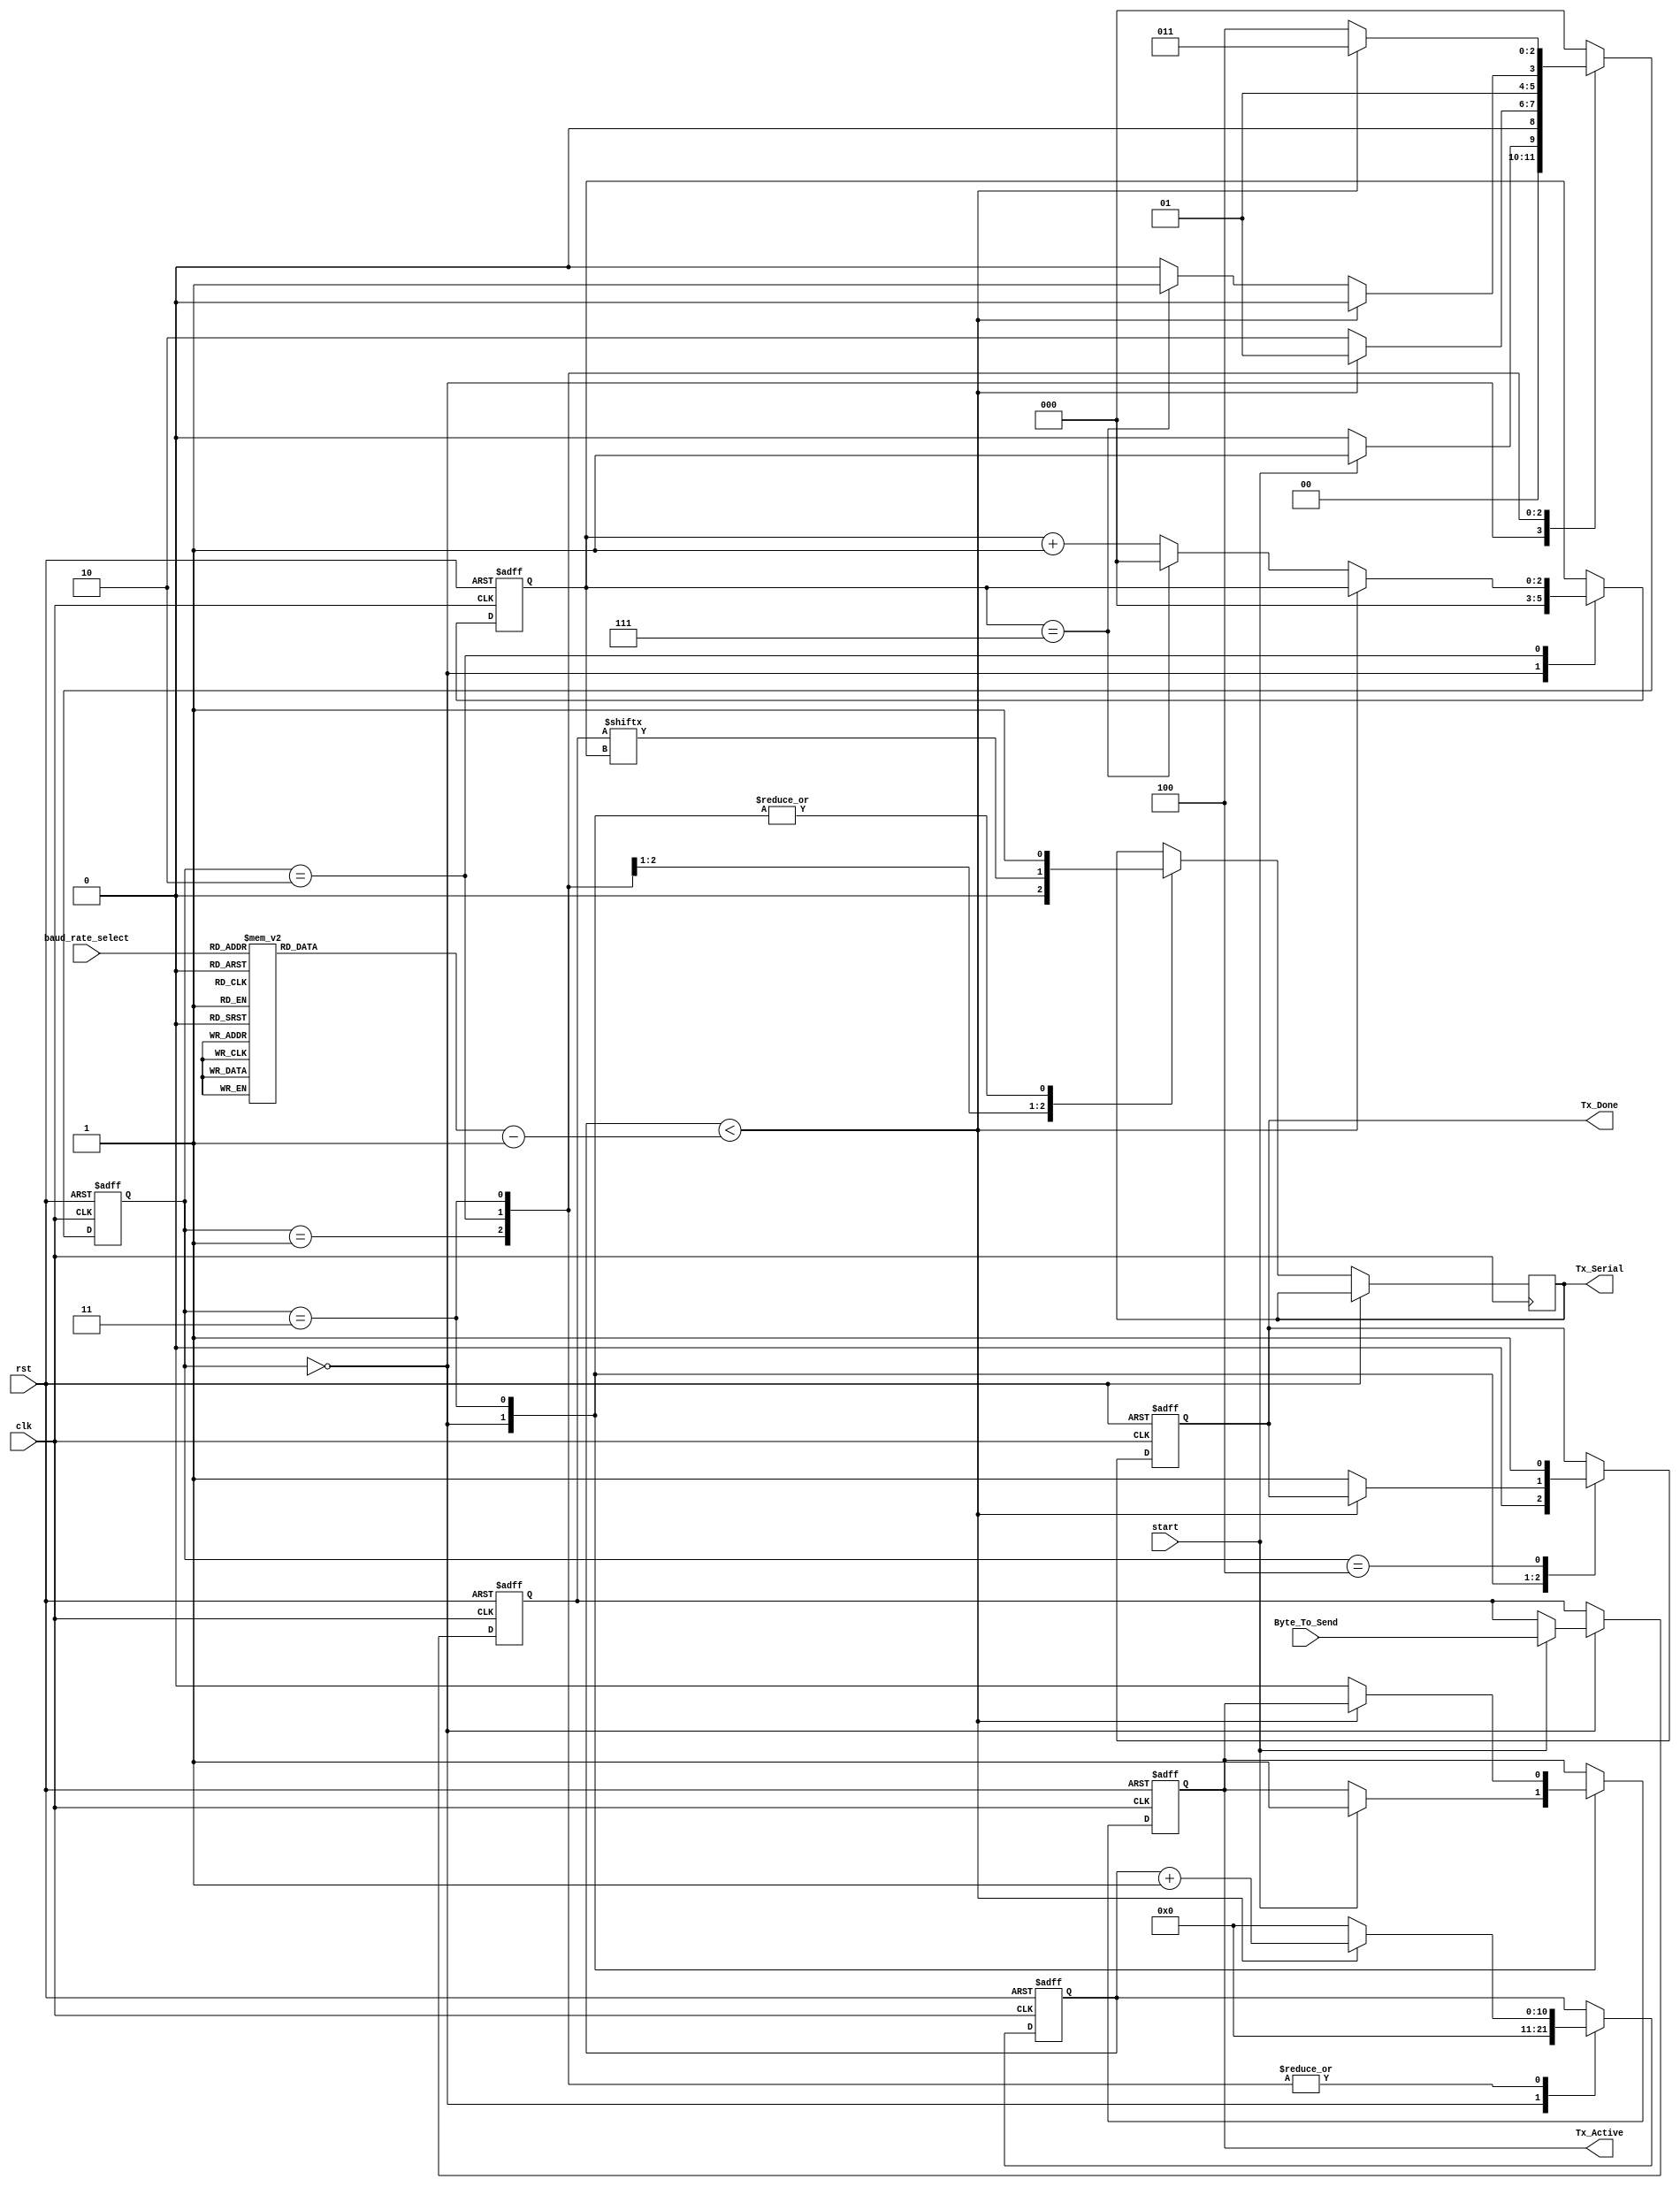
module uart_tx (clk,baud_rate_select,start,Byte_To_Send,Tx_Active,Tx_Serial,Tx_Done,rst);
  //#(parameter baud_rate)
   input       clk;
	input 		rst;
	input [2:0]	baud_rate_select;
   input       start;
   input [7:0] Byte_To_Send; 
   output      Tx_Active;
   output reg  Tx_Serial;
   output      Tx_Done;
 
  parameter IDLE         = 3'b000;
  parameter TX_START_BIT = 3'b001;
  parameter TX_DATA_BITS = 3'b010;
  parameter TX_STOP_BIT  = 3'b011;
  parameter RESET      = 3'b100;
  
  reg [10:0]   baud_rate;
  reg [2:0]    State;
  reg [10:0]   clk_count;
  reg [2:0]    bit_index;
  reg [7:0]    Data_Byte;
  reg          Tx_Done;
  reg          Tx_Enable;
     
  always @(*)
    begin
		case (baud_rate_select)
		  3'b000:
			begin
				baud_rate = 11'b10000010010; //9600(1042)
			end
		  3'b001:
			begin
				baud_rate = 11'b01010110111; //14400(695)		
			end
		  3'b010:
			begin
				baud_rate = 11'b01000001001; //19200(521)
			end
		  3'b011:
			begin
				baud_rate = 11'b00100000101; //38400(261)
			end
		  3'b100:
			begin
				baud_rate = 11'b00010101110; //57600(174)
			end
		  3'b101:
			begin
				baud_rate = 11'b00001010111; //115200(87)
				$display("Baud rate = %d\n",baud_rate);
			end
		  3'b110:
			begin
				baud_rate = 11'b00001001111; //128000(79)
			end
		  3'b111:
			begin
				baud_rate = 11'b00000100111; //256000(39)
			end
		  default:
				baud_rate = 11'b10000010010; //9600
		endcase
    end		 
  
  always @(posedge clk or posedge rst)
    begin		
		if (rst)
			begin
				State     <= IDLE;
				clk_count <= 11'b00000000000;
				bit_index <= 3'b000;
				Data_Byte <= 8'b00000000;
				Tx_Done   <= 1'b0;
				Tx_Enable <= 1'b0;
			end
		else begin
      case (State)
        IDLE :
         begin
            Tx_Serial   <= 1'b1;         // Drive Line High for Idle
            Tx_Done     <= 1'b0;
            clk_count   <= 11'b00000000000;
            bit_index   <= 3'b000;
             
            if (start == 1'b1)
              begin
                Tx_Enable <= 1'b1;
                Data_Byte   <= Byte_To_Send;
                State   <= TX_START_BIT;
              end
            else
              State <= IDLE;
			end // case: IDLE
         
         
        // Send out Start Bit. Start bit = 0
        TX_START_BIT :
          begin
            Tx_Serial <= 1'b0;
             
            // Wait baud_rate-1 clock cycles for start bit to finish
            if (clk_count < (baud_rate - 1'b1))
              begin
                clk_count <= clk_count + 1'b1;
                State     <= TX_START_BIT;
              end
            else
              begin
                clk_count <= 11'b00000000000;
					 $display("start bit sent\n");
                State     <= TX_DATA_BITS;
              end
          end // case: TX_START_BIT
         
         
        // Wait baud_rate-1 clock cycles for data bits to finish         
        TX_DATA_BITS :
          begin
            Tx_Serial <= Data_Byte[bit_index];
             
            if (clk_count < (baud_rate-1'b1))
              begin
                clk_count <= clk_count + 1'b1;
                State     <= TX_DATA_BITS;
              end
            else
              begin
                clk_count <= 11'b00000000000;
                 $display("bit %b sent\n",bit_index);
                // Check if we have sent out all bits
                if (bit_index == 3'b111)
                  begin
                    bit_index <= 3'b000;
						  $display("all bits sent\n");
                    State   <= TX_STOP_BIT;
                  end
                else
                  begin             
						  bit_index <= bit_index + 1'b1;
                    State   <= TX_DATA_BITS;
                  end
              end
          end // case: TX_DATA_BITS
         
         
        // Send out Stop bit.  Stop bit = 1
        TX_STOP_BIT :
          begin
            Tx_Serial <= 1'b1;
            // Wait baud_rate-1 clock cycles for Stop bit to finish
            if (clk_count < (baud_rate-1'b1))
              begin
                clk_count <= clk_count + 1'b1;
                State     <= TX_STOP_BIT;
              end
            else
              begin
					 $display("stop bit sent\n");
                Tx_Done     <= 1'b1;
                clk_count <= 11'b00000000000;
                State     <= RESET;
                Tx_Enable   <= 1'b0;
              end
          end // case: TX_STOP_BIT
         
         
        // Stay here 1 clock
        RESET :
          begin
            Tx_Done <= 1'b1;
            State <= IDLE;
          end
        
        default :
          State <= IDLE;
         
      endcase
	 end
  end
 
  assign Tx_Active = Tx_Enable;
   
endmodule